Trukikaitis_Postimees, lk 29
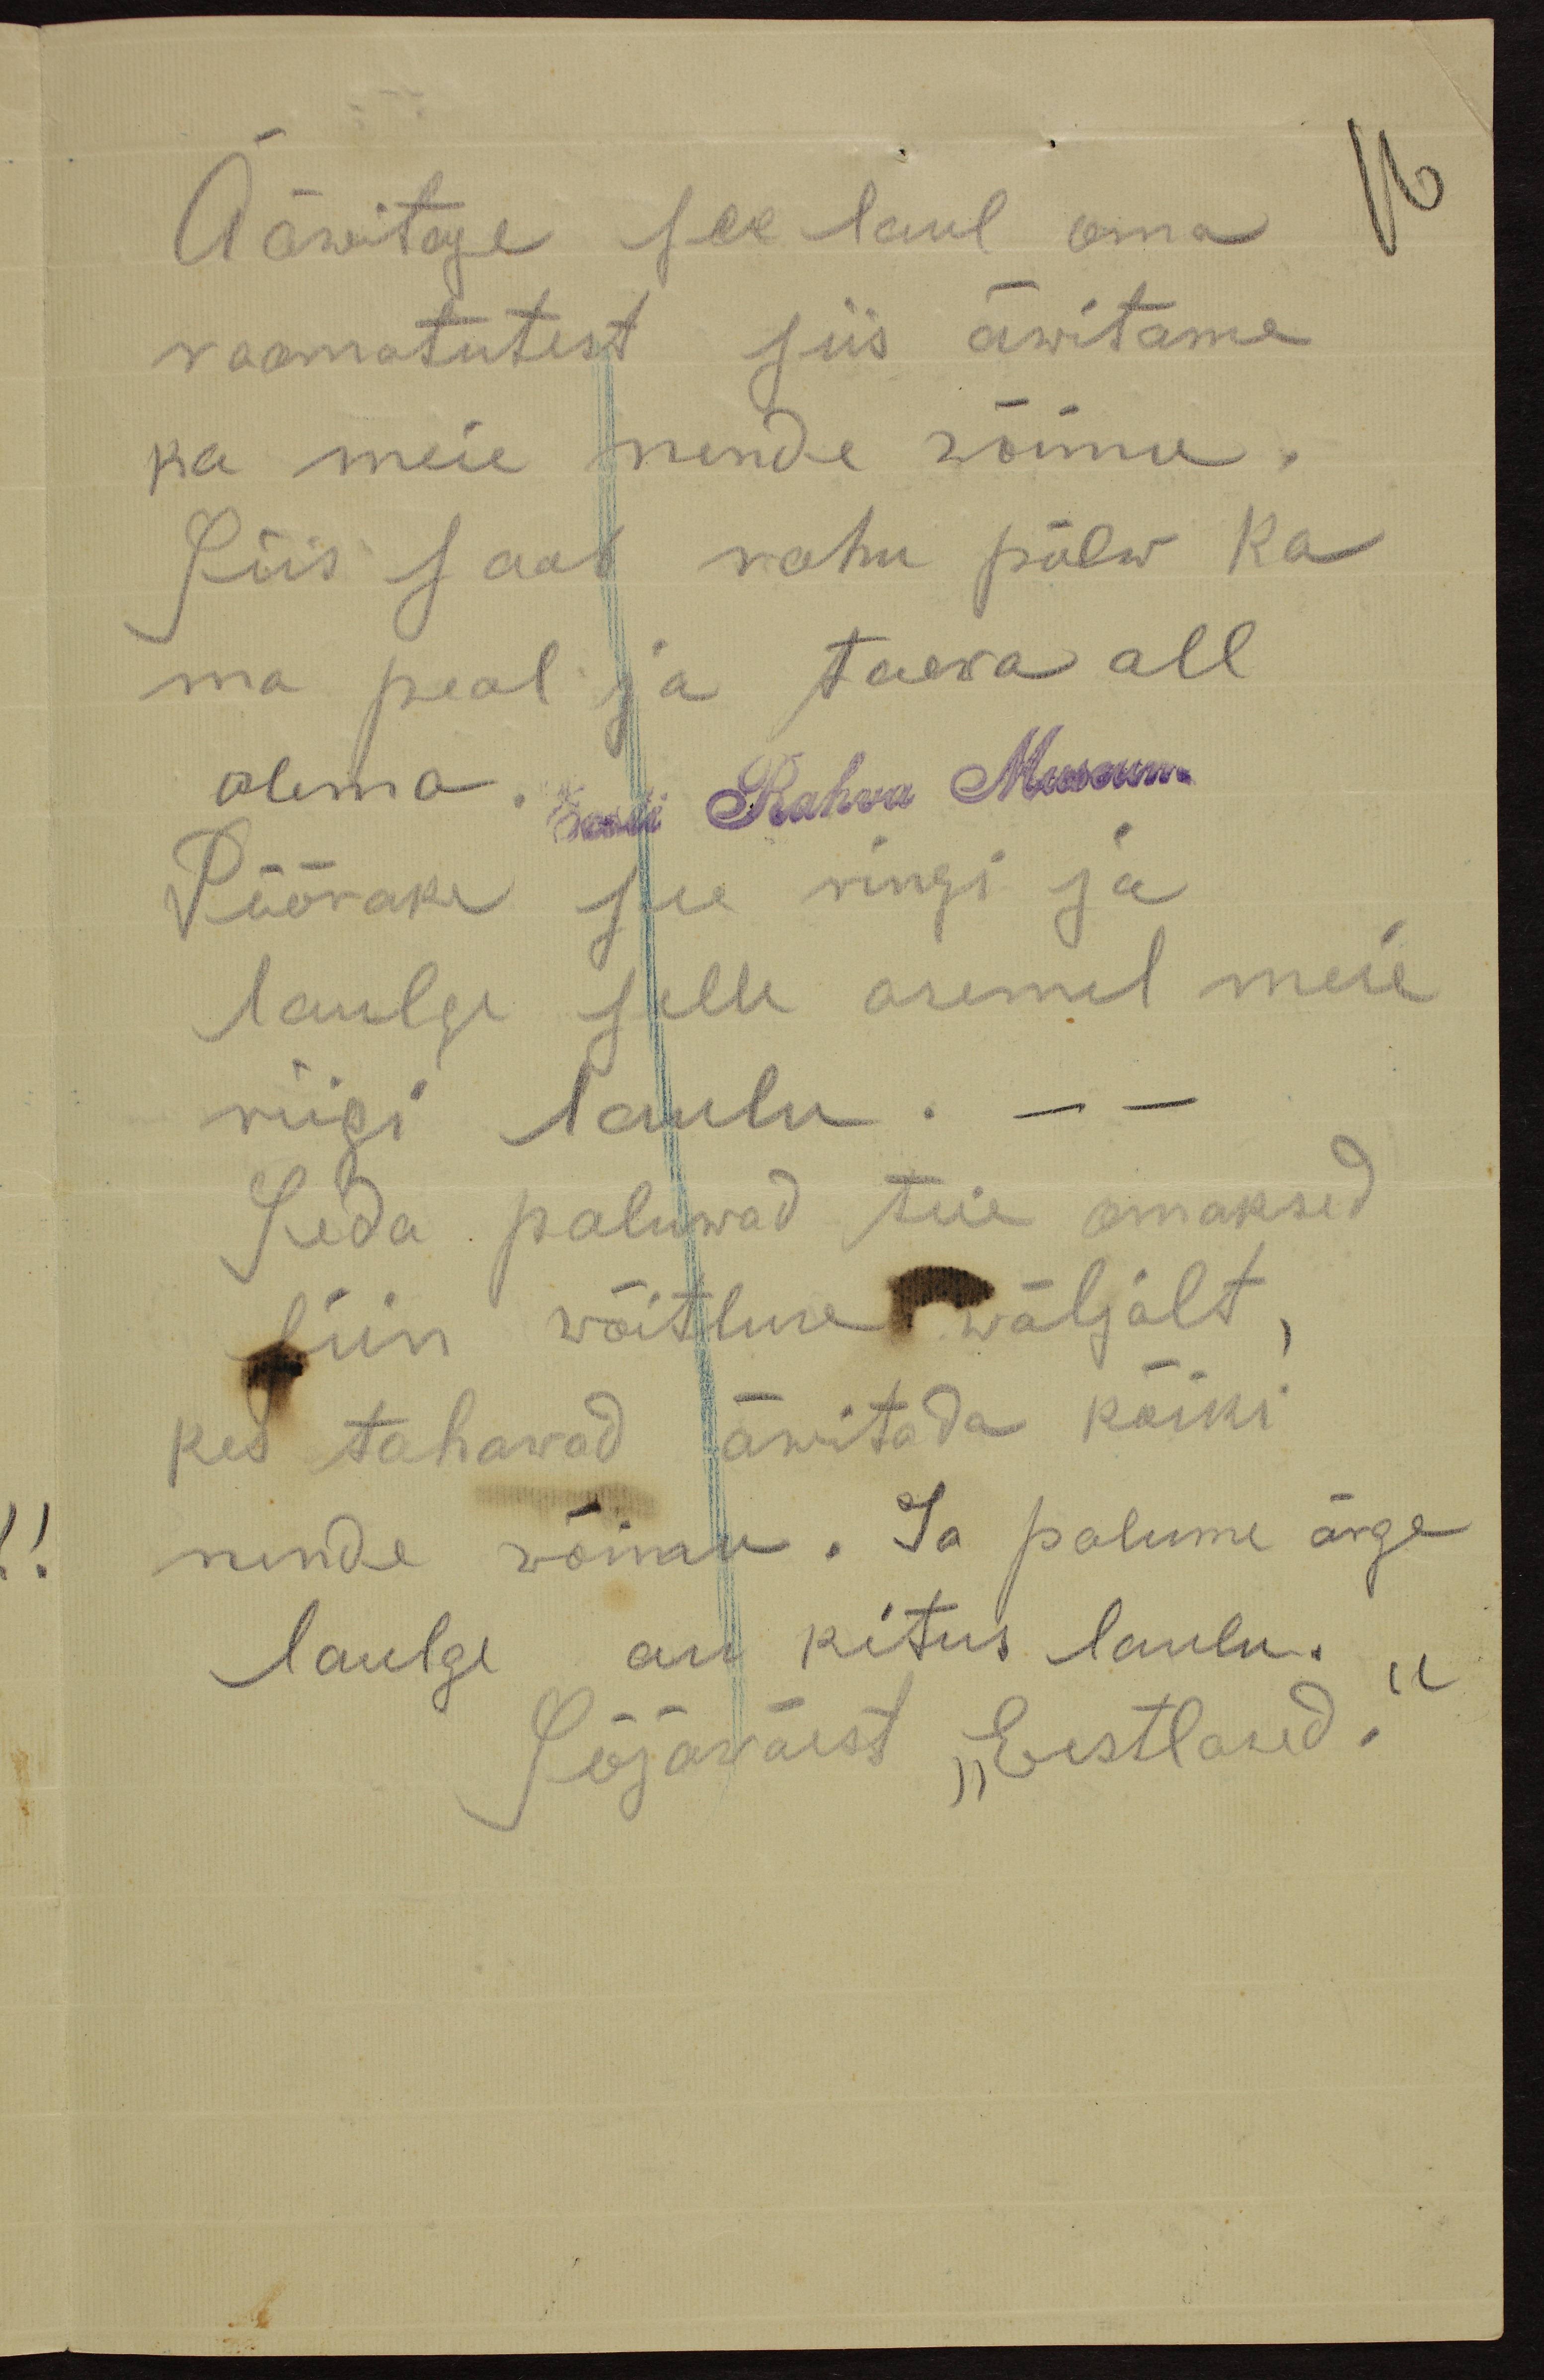
Ääwitage see laul oma
raamatutest siis äwitame
ka meie nende wõimu.
Siis saab rahu põlw ka
ma peal ja taeva all
olema.
Eesti Rahva Museum
Pöörake see ringi ja
Laulge selle asemel meie
riigi laulu. – –
Seda paluwad teie omaksed
Siin võitluse wäljalt,
kes tahawad äwitada kõiki
nende wõimu. Ja palume ärge
laulge au kitus laulu.
Sõjawäest "Eestlased."